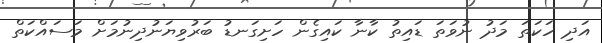
އަދި ހަކަތަ މަދު ނުވަތަ ޑައިތު ކާނާ ކައިގެން ހަށިގަނޑު ބަރުވިޔަނުދިނުމަށް މަސައްކަތް